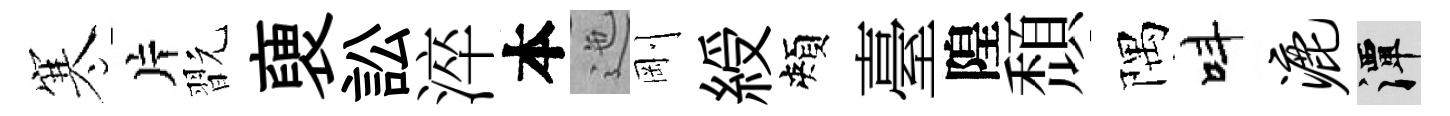
寒片翫褏訟淬本迤剛綬頰臺隍頹隅呌漉潭